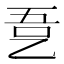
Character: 㐚